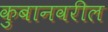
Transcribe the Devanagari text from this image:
कुबानवरील